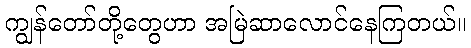
ကျွန်တော်တို့တွေဟာ အမြဲဆာလောင်နေကြတယ်။